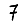
Digit: 7